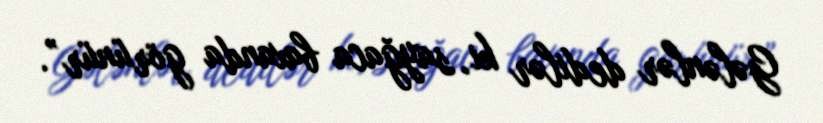
Gələnlər dedilər ki, sayğaca baxanda görünür”.